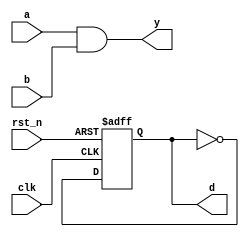
module example_logic (
    input wire clk,            // Clock signal
    input wire rst_n,         // Active low reset
    input wire a,             // Input signal a
    input wire b,             // Input signal b
    output reg y,             // Output for combinational logic
    output reg d              // Output for sequential logic
);

// Combinational Logic
always @* begin
    // Example: Simple AND operation
    y = a & b;  // Output y is the AND of inputs a and b
end

// Sequential Logic
always @(posedge clk or negedge rst_n) begin
    if (!rst_n) begin
        d <= 1'b0;  // Reset output d to 0
    end else begin
        // Example: Toggle d on each clock cycle
        d <= ~d;   // Toggle output d on each clock edge
    end
end

endmodule